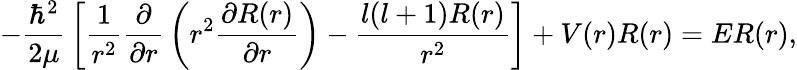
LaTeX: -{\frac{\hbar^{2}}{2\mu}}\left[{\frac{1}{r^{2}}}{\frac{\partial}{\partial r}}\left(r^{2}{\frac{\partial R(r)}{\partial r}}\right)-{\frac{l(l+1)R(r)}{r^{2}}}\right]+V(r)R(r)=ER(r),